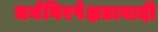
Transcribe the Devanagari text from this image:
धर्मनिरपेक्षतावादी